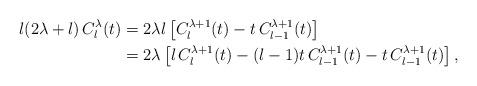
LaTeX: \begin{align*}l(2\lambda+l)\,C_l^\lambda(t)&=2\lambda l\left[C_l^{\lambda+1}(t)-t\,C_{l-1}^{\lambda+1}(t)\right]\\&=2\lambda\left[l\,C_l^{\lambda+1}(t)-(l-1)t\,C_{l-1}^{\lambda+1}(t)-t\,C_{l-1}^{\lambda+1}(t)\right],\end{align*}